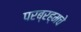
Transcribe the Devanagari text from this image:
परब्रह्मचे